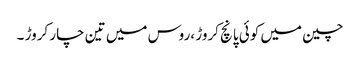
چین میں کوئی پانچ کروڑ ،روس میں تین چار کروڑ ۔